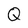
Character: Q